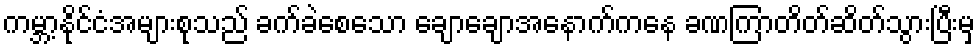
ကမ္ဘာ့နိုင်ငံအများစုသည် ခက်ခဲစေသော ချောချောအနောက်ကနေ ခဏကြာတိတ်ဆိတ်သွားပြီးမှ